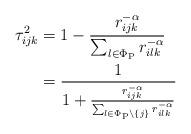
LaTeX: \begin{align*}\tau_{ijk}^2 &= 1 - \frac{ r_{ijk}^{-\alpha} }{\sum_{l \in \Phi_{\mathrm{P}} } r_{ilk}^{-\alpha}}\\&= \frac{1}{1 + \frac{r_{ijk}^{-\alpha}}{\sum_{l \in \Phi_{\mathrm{P}} \setminus \{j\} } r_{ilk}^{-\alpha}} }\end{align*}